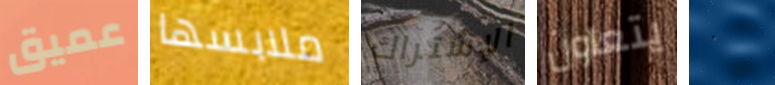
عميق ملابسها الإشتراك يتعاون ٠